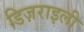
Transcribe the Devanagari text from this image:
डिज़राइली